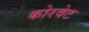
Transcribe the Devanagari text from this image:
कोरवेट